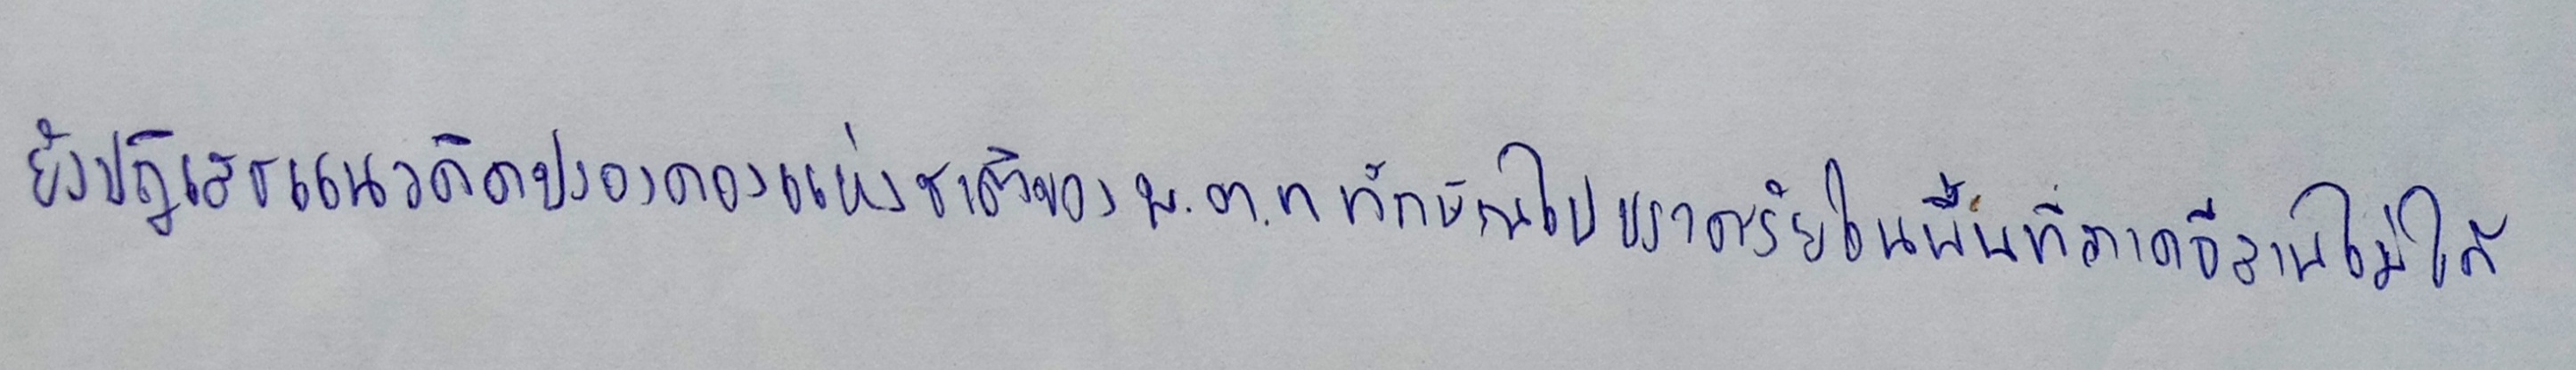
ยังปฏิเสธแนวคิดปรองดองแห่งชาติของพ.ต.ท.ทักษิณไปปราศรัยในพื้นที่ภาคอีสานไม่ได้